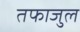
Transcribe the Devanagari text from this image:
तफाजुल